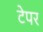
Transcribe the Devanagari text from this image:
टेपर